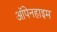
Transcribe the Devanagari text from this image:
ऑपेनहाइम